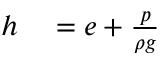
\begin{array} { r l } { h } & { { } = e + { \frac { p } { \rho g } } } \end{array}